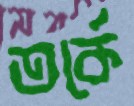
তর্কে